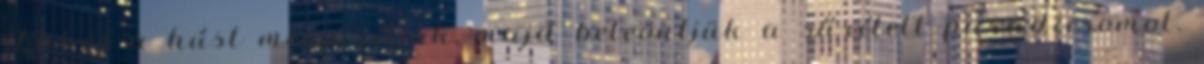
Ehhez a húst megpirítjuk, majd beleöntjük a sűrített paradicsomot.